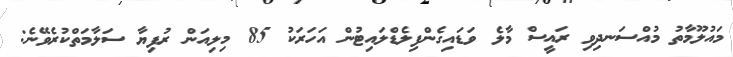
މައުލޫމާތު މުއްސަނދިވި ރައީސް މާލެ ވަޑައިގެންފިލެޑްލައިޓުން އަހަރަކު 85 މިލިއަން ރުފިޔާ ސަލާމަތްކުރެވޭނެ: